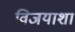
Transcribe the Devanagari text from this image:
विजयाशा